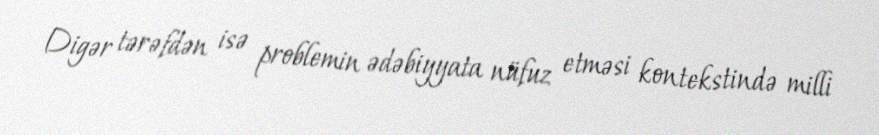
Digər tərəfdən isə problemin ədəbiyyata nüfuz etməsi kontekstində milli